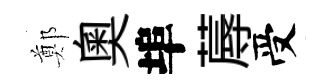
鄭奥埠蓐受